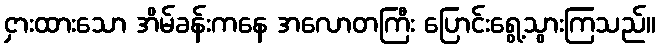
ငှားထားသော အိမ်ခန်းကနေ အလောတကြီး ပြောင်းရွေ့သွားကြသည်။